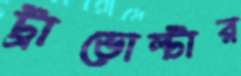
ট্রাভোল্টার